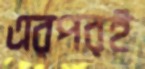
এরপরই